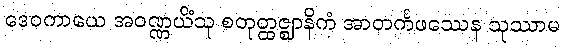
ဒေဝကာယေ အဝဏ္ဏယိံသု စတုတ္ထဇ္ဈာနိကံ အာတင်္ကဖဿေန သုဿာမ